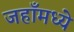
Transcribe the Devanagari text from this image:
जहाँमध्ये